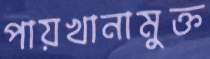
পায়খানামুক্ত